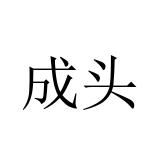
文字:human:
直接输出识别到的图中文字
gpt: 成头